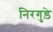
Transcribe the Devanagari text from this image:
निरगुड़े